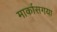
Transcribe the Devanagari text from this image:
मार्कासगया